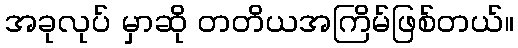
အခုလုပ် မှာဆို တတိယအကြိမ်ဖြစ်တယ်။